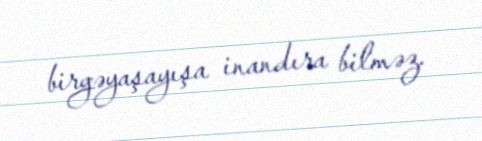
birgəyaşayışa inandıra bilməz.